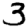
Digit: 3